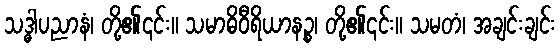
သဒ္ဓါပညာနံ၊ တို့၏၎င်း။ သမာဓိဝီရိယာနဉ္စ၊ တို့၏၎င်း။ သမတံ၊ အချင်းချင်း